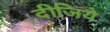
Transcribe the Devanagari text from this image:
दीजिये